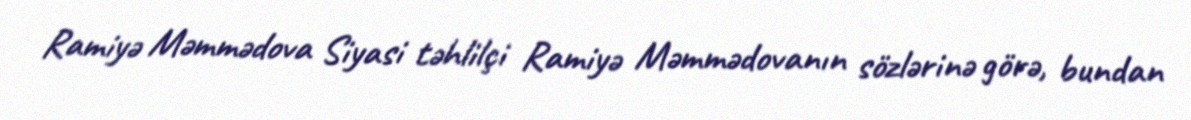
Ramiyə Məmmədova Siyasi təhlilçi Ramiyə Məmmədovanın sözlərinə görə, bundan